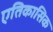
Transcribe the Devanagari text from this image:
एतिकासिक